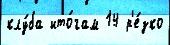
клу́ба ито́гам 14 р'е́зко